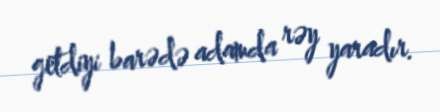
getdiyi barədə adamda rəy yaradır.